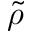
\tilde { \rho }